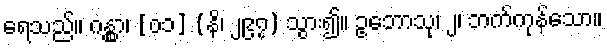
ရေသည်။ ဂန္တွာ၊ [၀၁] (နိ၊ ၂၉၇) သွား၍။ ဥဘောသု၊ ၂၊ ဘက်ကုန်သော။